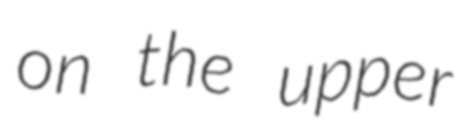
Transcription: on the upper